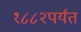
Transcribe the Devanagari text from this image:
१८८२पर्यंत